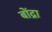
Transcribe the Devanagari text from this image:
बोंद्रा